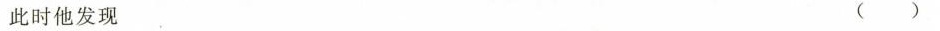
此时他发现 ()